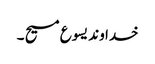
خدا وند یسو ع مسیح ۔